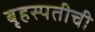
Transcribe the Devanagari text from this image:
बृहस्पतीची